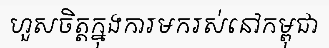
ហួសចិត្តក្នុងការមករស់នៅកម្ពុជា